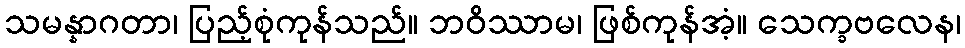
သမန္နာဂတာ၊ ပြည့်စုံကုန်သည်။ ဘဝိဿာမ၊ ဖြစ်ကုန်အံ့။ သေက္ခဗလေန၊